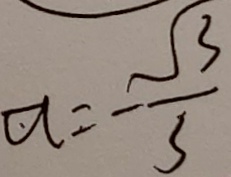
a = - \frac { \sqrt { 3 } } { 3 }